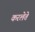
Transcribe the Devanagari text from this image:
करलेते